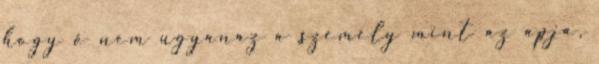
hogy ő nem ugyanaz a személy mint az apja,